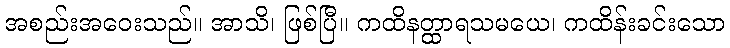
အစည်းအဝေးသည်။ အာသိ၊ ဖြစ်ပြီ။ ကထိနတ္ထာရသမယေ၊ ကထိန်းခင်းသော